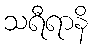
သရီရာနိ